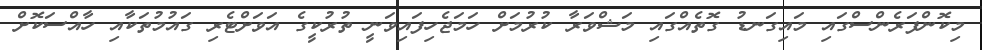
މިކޮންފަރެންސްގައި މައިގަނޑު ގޮތެއްގައި މަޝްވަރާ ކުރުމަށް ހަމަޖެހިފައިވަނީ ތުރުކީގެ އަވަށްޓެރި ގައުމުތަކާއި ހާއްސަކޮށް